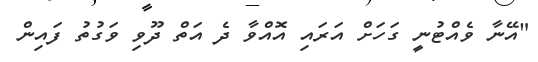
"އޭނާ ވެއްޓުނީ ގަހަށް އަރައި އޮއްވާ ދެ އަތް ދޫވި ވަގުތު ފައިން